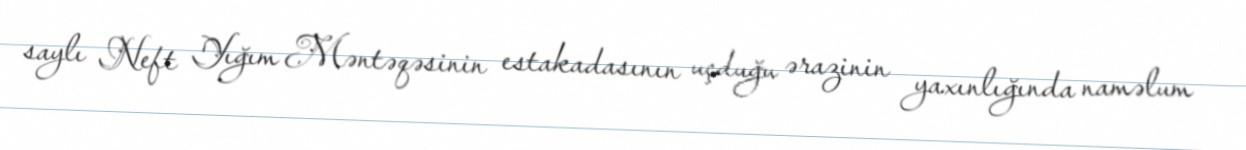
saylı Neft Yığım Məntəqəsinin estakadasının uçduğu ərazinin yaxınlığında naməlum